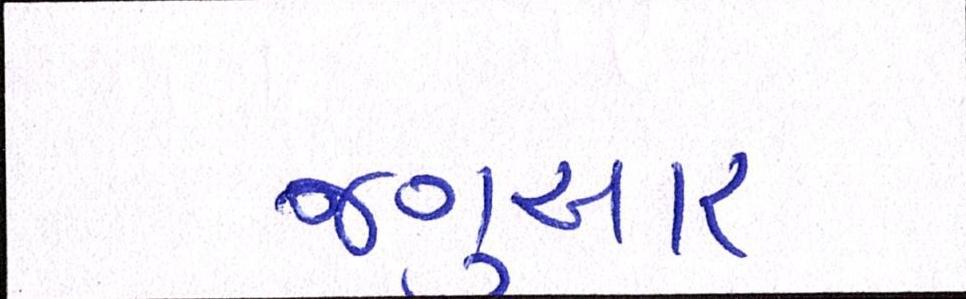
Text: જગુઆર